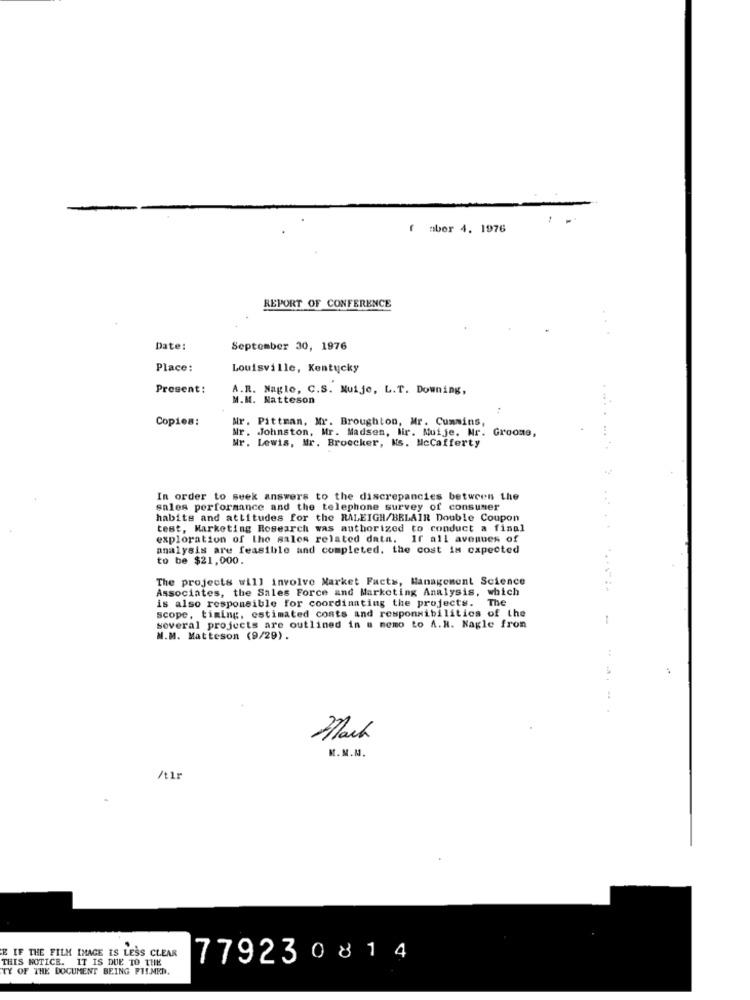
aber 4. 1976
REPORT OF CONFERENCE
Date:
September 30, 1976
Place:
Louisville, Kentucky
Present:
A.R. Nagle, C.S. Muije, L.T. Downing,
M.M. Natteson
Copies:
Mr .
Pittman. Mr. Broughton, Mr. Cummins,
Mr. Johnston, Mr. Madsen, lir. Muije. Mr. Grooms,
Nr. Lewis, Mr. Broecker, Ms. McCafferty
In order to seek answers to the discrepancies between the
sales performance and the telephone survey of consumer
habits and attitudes for the RALEIGH/BELAIR Double Coupon
test, Marketing Research was authorized to conduct a final
exploration of the sales related data.
ir all avenues of
analysis are feasible and completed. the cost is expected
to be $21,000.
The projects will involve Market Facts, Management Science
Associates, the Sales Force and Marketing Analysis, which
is also responsible for coordinating the projects. The
scope, timing, estimated costs and responsibilities of the
-
several projects are outlined in a memo to A.H. Nagle fron
N.M. Matteson (9/29).
Mark
M.M.M.
/t1r
E IF THE FILM IMAGE IS LESS CLEAR
THIS NOTICE. IT IS DUE TO THE
779230814
TY OF THE DOCUMENT BEING FISMED.